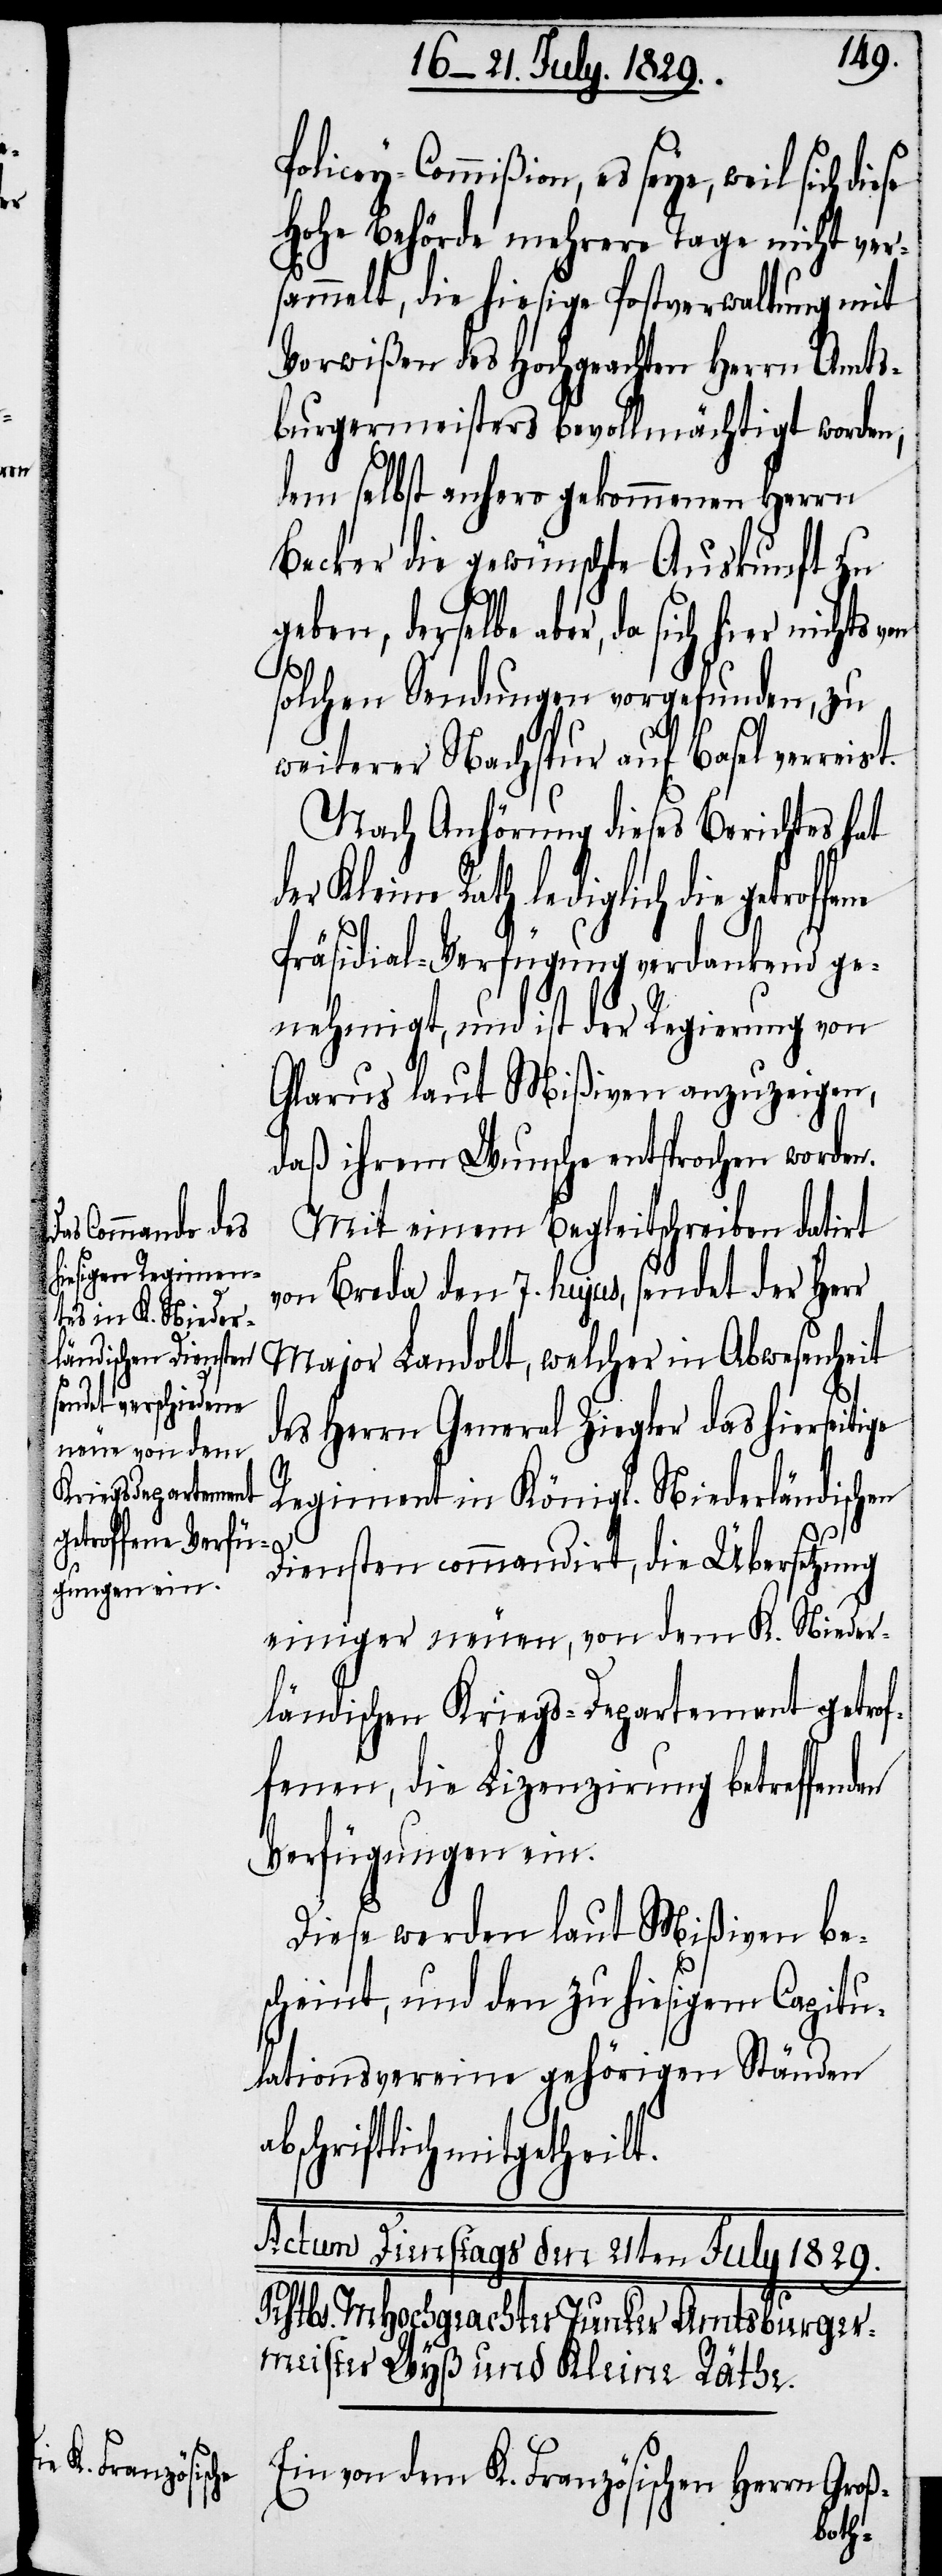
heilt.

Policey-Commißion, es seye, weil sich
Hohe Behörde mehrere Tage nicht ver¬
sammelt, die hiesige Postverwaltung mit
Vorwißen des Hochgeachten Herrn Amts¬
burgermeisters bevollmächtigt worden,
dem selbst anhero gekommenen Herrn
Becker die gewünschte Auskunft zu
solchen Sendungen vorgefunden, zu
weiterer Nachspur auf Basel ver¬
Nach Anhörung dieses Berichtes hat
Kleine Rath lediglich die getrof¬
Präsidial-Verfügung verdankend ge¬
nehmigt, und ist der Regierung von
Glarus laut Mißiven anzuzeigen,
daß ihrem Wunsche entsprochen worden.
Mit einem Begleitschreiben datirt
von Breda den 7. hujus, sendet der Herr
Major Landolt, welcher in Abwesenheit
des Herrn General Ziegler das hierseitige
Regiment in Königl. Niederländischen
Diensten commandirt, die Übersetzung
einiger neuen, von dem K. Nieder¬
ländischen Kriegs-Departement getrof¬
fenen, die Lizenzirung betreffend¬
Verfügungen ein.
Diese werden laut Mißiven be¬
scheint, und den zu hiesigem Capitu¬
lationsvereine gehörigen Ständen
bschriftlich mitget¬
Ein von dem K. Französischen Herrn Groß-